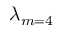
\lambda _ { m = 4 }